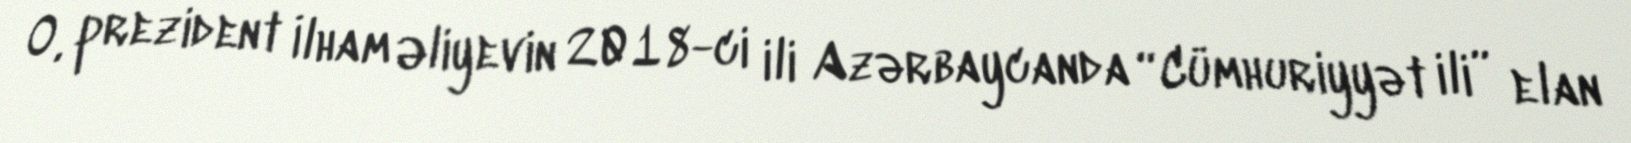
O, prezident İlham Əliyevin 2018-ci ili Azərbaycanda “Cümhuriyyət ili” elan